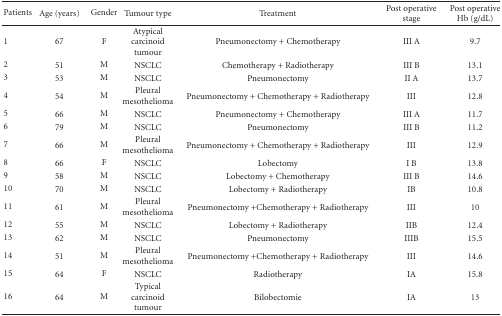
<table><thead><tr><td><b>Patients</b></td><td><b>Age (years)</b></td><td><b>Gender</b></td><td><b>Tumour type</b></td><td><b>Treatment</b></td><td><b>Post operative stage</b></td><td><b>Post operative Hb (g/dL)</b></td></tr></thead><tbody><tr><td>1</td><td>67</td><td>F</td><td>Atypical carcinoid tumour</td><td>Pneumonectomy + Chemotherapy</td><td>III A</td><td>9.7</td></tr><tr><td>2</td><td>51</td><td>M</td><td>NSCLC</td><td>Chemotherapy + Radiotherapy</td><td>III B</td><td>13.1</td></tr><tr><td>3</td><td>53</td><td>M</td><td>NSCLC</td><td>Pneumonectomy</td><td>II A</td><td>13.7</td></tr><tr><td>4</td><td>54</td><td>M</td><td>Pleural mesothelioma</td><td>Pneumonectomy + Chemotherapy + Radiotherapy</td><td>III</td><td>12.8</td></tr><tr><td>5</td><td>66</td><td>M</td><td>NSCLC</td><td>Pneumonectomy + Chemotherapy</td><td>III A</td><td>11.7</td></tr><tr><td>6</td><td>79</td><td>M</td><td>NSCLC</td><td>Pneumonectomy</td><td>III B</td><td>11.2</td></tr><tr><td>7</td><td>66</td><td>M</td><td>Pleural mesothelioma</td><td>Pneumonectomy + Chemotherapy + Radiotherapy</td><td>III</td><td>12.9</td></tr><tr><td>8</td><td>66</td><td>F</td><td>NSCLC</td><td>Lobectomy</td><td>I B</td><td>13.8</td></tr><tr><td>9</td><td>58</td><td>M</td><td>NSCLC</td><td>Lobectomy + Chemotherapy</td><td>III B</td><td>14.6</td></tr><tr><td>10</td><td>70</td><td>M</td><td>NSCLC</td><td>Lobectomy + Radiotherapy</td><td>IB</td><td>10.8</td></tr><tr><td>11</td><td>61</td><td>M</td><td>Pleural mesothelioma</td><td>Pneumonectomy +Chemotherapy + Radiotherapy</td><td>III</td><td>10</td></tr><tr><td>12</td><td>55</td><td>M</td><td>NSCLC</td><td>Lobectomy + Radiotherapy</td><td>IIB</td><td>12.4</td></tr><tr><td>13</td><td>62</td><td>M</td><td>NSCLC</td><td>Pneumonectomy</td><td>IIIB</td><td>15.5</td></tr><tr><td>14</td><td>51</td><td>M</td><td>Pleural mesothelioma</td><td>Pneumonectomy +Chemotherapy + Radiotherapy</td><td>III</td><td>14.6</td></tr><tr><td>15</td><td>64</td><td>F</td><td>NSCLC</td><td>Radiotherapy</td><td>IA</td><td>15.8</td></tr><tr><td>16</td><td>64</td><td>M</td><td>Typical carcinoid tumour</td><td>Bilobectomie</td><td>IA</td><td>13</td></tr></tbody></table>